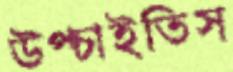
উপ্‌চাইতিস